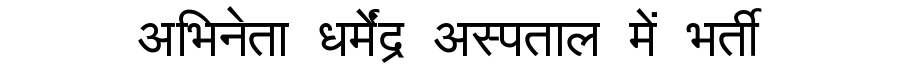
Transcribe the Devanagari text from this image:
अभिनेता धर्मेंद्र अस्पताल में भर्ती